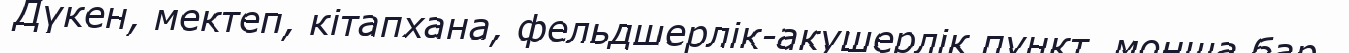
Дүкен, мектеп, кітапхана, фельдшерлік-акушерлік пункт, монша бар.